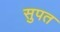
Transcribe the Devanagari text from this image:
सुपत